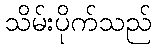
သိမ်းပိုက်သည်